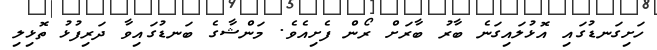
ހަށިގަނޑުގައި އޮޅުލައިގަނެ ބާރު ބާރަށް ރޯން ފެށިއެވެ. މަންޝާގެ ބަނޑުގައިވާ ދަރިފުޅު ތޮޅިލި